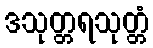
ဒသုတ္တရသုတ္တံ